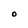
Character: O